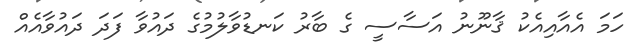
ހަމަ އެއާއިއެކު ޤާނޫނު އަސާސީ ގެ ބާރު ކަނޑުވާލުމުގެ ދައުވާ ފަދަ ދައުވާއެއް